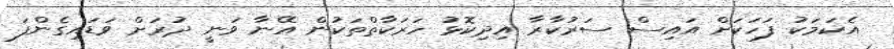
އެކަމަކު ފަހަކަށް އައިސް ސަރުކާރާ އިދިކޮޅު ހަރަކާތްތަކުން އޭނާ ވަނީ ދުރަށް ވަޑައިގެންފަ